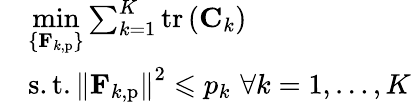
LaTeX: \begin{array}{rl}&{\underset{\{ \mathbf{F}_{k,\mathrm{p}}\} }{\operatorname*{min}}\sum_{k=1}^{K}{\mathrm{tr}\left(\mathbf{C}_{k}\right)}}\\ &{\mathrm{s}.\mathrm{t}.\left\| \mathbf{F}_{k,\mathrm{p}}\right\| ^{2}\leqslant p_{k}\, \, \forall k=1,\dots,K}\end{array}